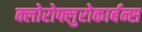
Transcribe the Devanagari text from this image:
क्लोरोफ्लुरोकार्बन्स